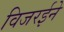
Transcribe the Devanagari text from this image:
विजरईने